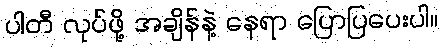
ပါတီ လုပ်ဖို့ အချိန်နဲ့ နေရာ ပြောပြပေးပါ။